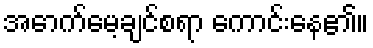
အောက်မေ့ချင်စရာ ကောင်းနေ၏။